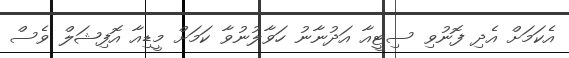
އެކަމަށް އެދި ފޮނުވި ސިޓީއާ އަދުނާނު ހަވާލުނުވާ ކަމަށް މީޑިއާ އޮފިޝަލް ވެސް